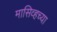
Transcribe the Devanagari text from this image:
मासिव्हच्या